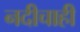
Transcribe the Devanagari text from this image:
नदीचाही